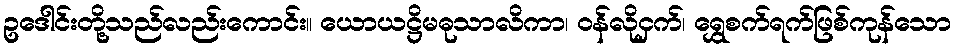
ဥဒေါင်းတို့သည်လည်းကောင်း။ ယောယဋ္ဌိမဓုသာလိကာ၊ ဝန်လိုငှက်၊ ရွှေစက်ရက်ဖြစ်ကုန်သော